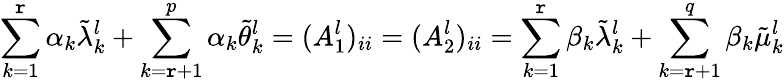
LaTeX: \sum_{k=1}^{\mathtt{r}}\alpha_{k}\tilde{{\lambda}}_{k}^{l}+\sum_{k=\mathtt{r}+1}^{p}\alpha_{k}\tilde{{\theta}}_{k}^{l}=(A_{1}^{l})_{ii}=(A_{2}^{l})_{ii}=\sum_{k=1}^{\mathtt{r}}\beta_{k}\tilde{{\lambda}}_{k}^{l}+\sum_{k=\mathtt{r}+1}^{q}\beta_{k}\tilde{{\mu}}_{k}^{l}